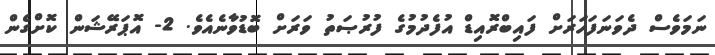
ނަމަވެސް ދެވަނަފަހަރަށް ފައިބްރޮއިޑް އުފެދުމުގެ ފުރުޞަތު ވަރަށް ބޮޑުވާނެއެވެ. 2- އޮޕަރޭޝަން ކޮށްގެން